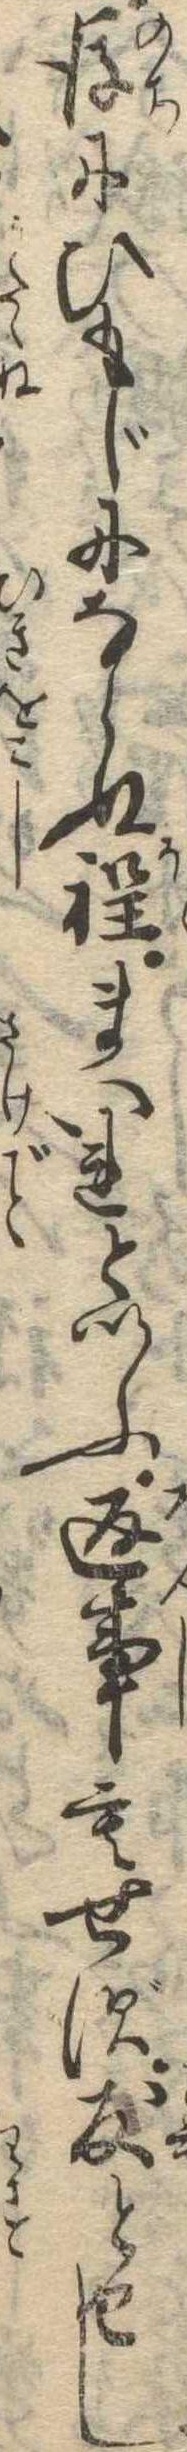
後にひもじにならぬ程まいれといふ返事もせず友とせし